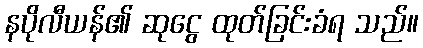
နပိုလီယန်၏ ဆုငွေ ထုတ်ခြင်းခံရ သည်။